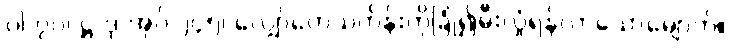
ပါ-၇၀၊ ဋ္ဌ-ဒု-အုပ်-၂၄၅၊ လျှော်တေသင်္ကန်းကိုခြုံ၍မီးလှုံရန်လာသောမျောက်။